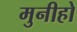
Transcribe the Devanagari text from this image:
मुनीहो